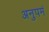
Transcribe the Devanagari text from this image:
अनुपमं